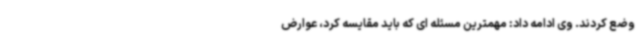
وضع کردند. وی ادامه داد: مهمترین مسئله ای که باید مقایسه کرد، عوارض